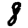
Digit: 8